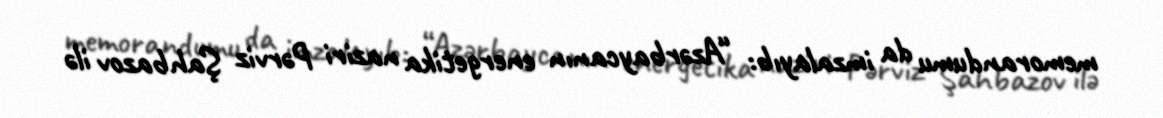
memorandumu da imzalayıb: “Azərbaycanın energetika naziri Pərviz Şahbazov ilə